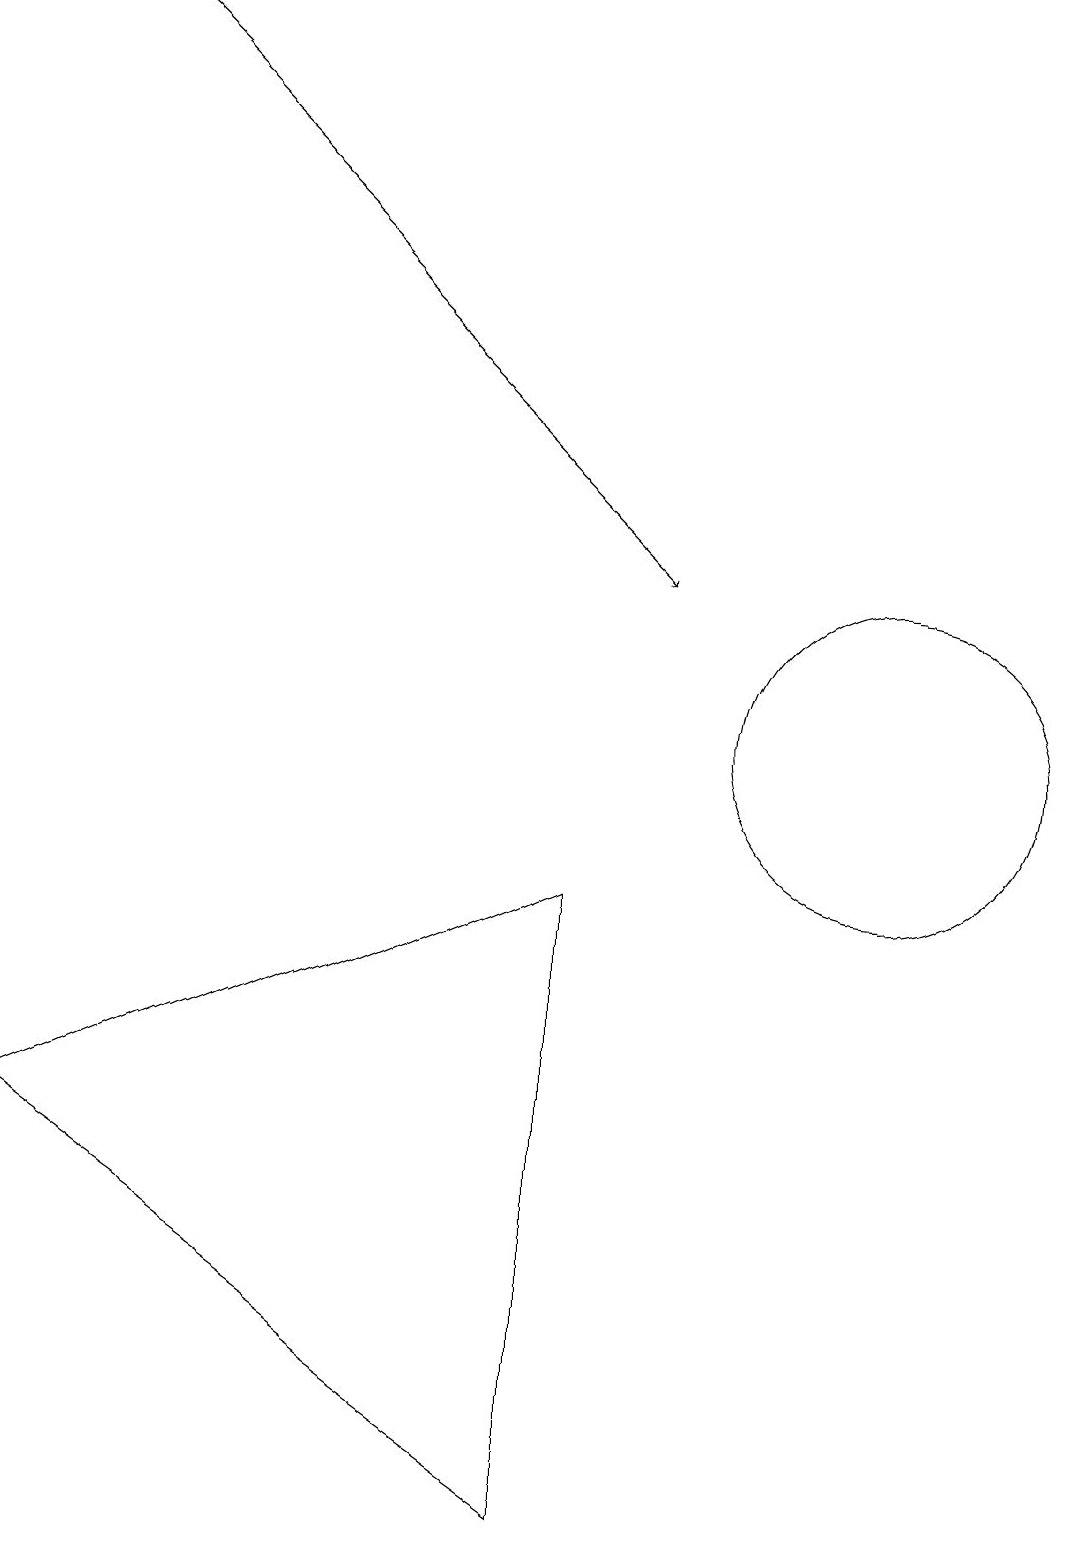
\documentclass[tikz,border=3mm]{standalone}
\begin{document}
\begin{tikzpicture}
\draw[->] (1,19) -- (8,12);
\draw (11,12) circle (0);
\draw (10,11) circle (0);
\draw (11,10) circle (2);
\draw (7,8) -- (0,5) -- (7,0) -- cycle;
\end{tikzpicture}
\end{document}